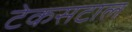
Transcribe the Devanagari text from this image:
टेकसटाल